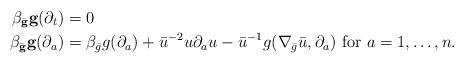
LaTeX: \begin{align*}\beta_{\bar {\mathbf{g}}} \mathbf {g} (\partial_t)&=0\\\beta_{\bar {\mathbf{g}}} \mathbf {g} (\partial_a ) &=\beta_{\bar g} g(\partial_a ) + \bar u^{-2} u \partial_a u -\bar u^{-1} g(\nabla_{\bar g}\bar u, \partial_a )\mbox{ for $a=1,\dots, n$}.\end{align*}